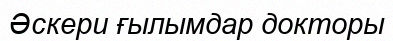
Әскери ғылымдар докторы